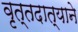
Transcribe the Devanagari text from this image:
वृत्तदात्याने